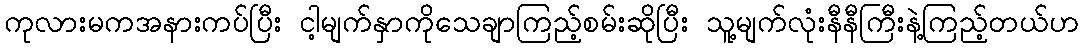
ကုလားမကအနားကပ်ပြီး ငါ့မျက်နှာကိုသေချာကြည့်စမ်းဆိုပြီး သူ့မျက်လုံးနီနီကြီးနဲ့ကြည့်တယ်ဟ